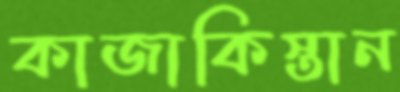
কাজাকিস্তান